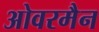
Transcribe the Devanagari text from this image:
ओवरमैन